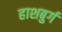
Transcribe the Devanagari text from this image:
हाशबुर्ग